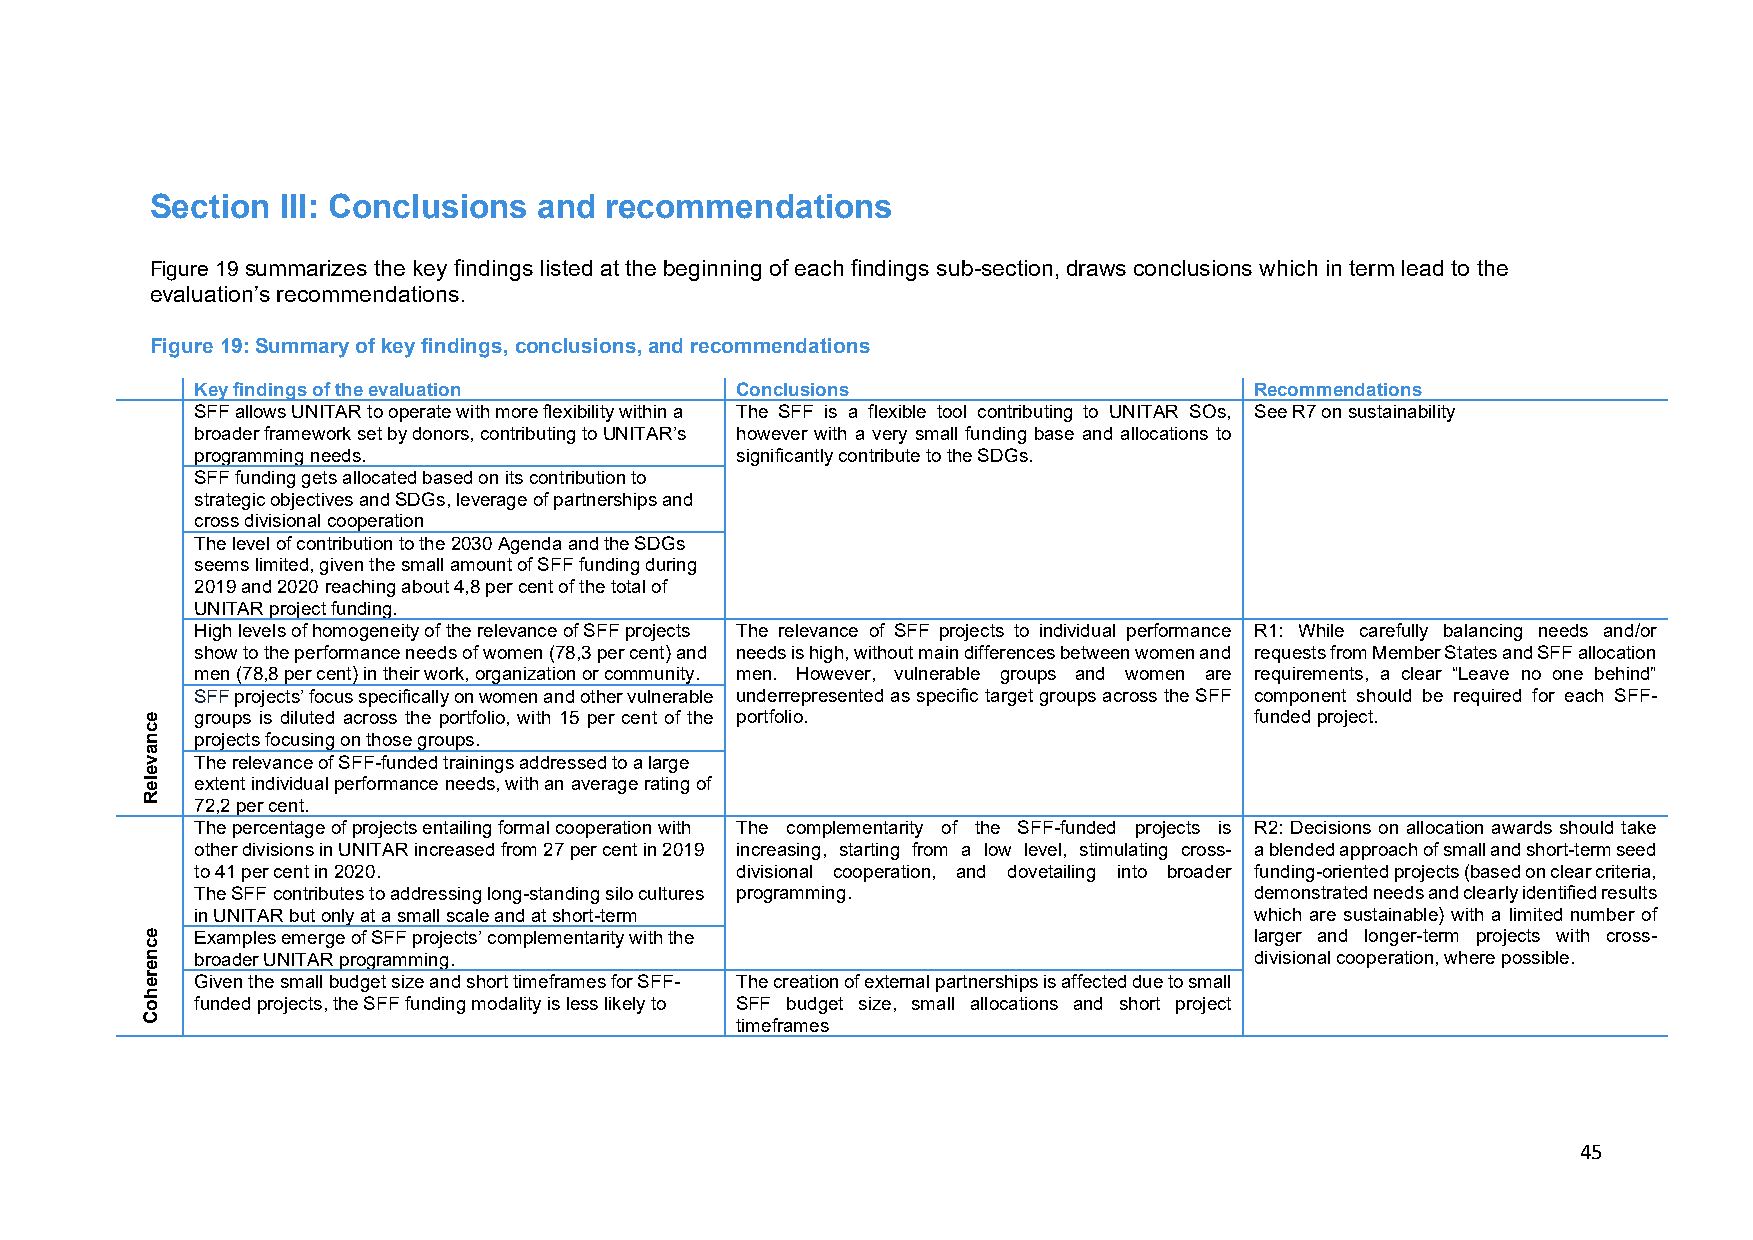
Section  III: Conclusions and recommendations
 Figure 19 summarizes the key findings listed at the beginning of each findings sub-section, draws conclusions which in term lead to the
 evaluation’s recommendations.
 Figure 19: Summary of key findings, conclusions, and recommendations
 Key findings of the evaluation      Conclusions                       Recommendations
 SFF allows UNITAR to operate with more flexibility within a The SFF is a flexible tool contributing to UNITAR SOs, See R7 on sustainability
 broader framework set by donors, contributing to UNITAR’s however with a very small funding base and allocations to
 programming needs.                  significantly contribute to the SDGs.
 SFF funding gets allocated based on its contribution to
 strategic objectives and SDGs, leverage of partnerships and
 cross divisional cooperation
 The level of contribution to the 2030 Agenda and the SDGs
 seems limited, given the small amount of SFF funding during
 2019 and 2020 reaching about 4,8 per cent of the total of
 UNITAR project funding.
 High levels of homogeneity of the relevance of SFF projects The relevance of SFF projects to individual performance R1: While carefully balancing needs and/or
 show to the performance needs of women (78,3 per cent) and needs is high, without main differences between women and requests from Member States and SFF allocation
 men (78,8 per cent) in their work, organization or community. men. However, vulnerable groups and women are requirements, a clear “Leave no one behind”
 SFF projects’ focus specifically on women and other vulnerable underrepresented as specific target groups across the SFF component should be required for each SFF-
 groups is diluted across the portfolio, with 15 per cent of the portfolio. funded project.
 projects focusing on those groups.
 The relevance of SFF-funded trainings addressed to a large
 extent individual performance needs, with an average rating of
 72,2 per cent.
 The percentage of projects entailing formal cooperation with The complementarity of the SFF-funded projects is R2: Decisions on allocation awards should take
 other divisions in UNITAR increased from 27 per cent in 2019 increasing, starting from a low level, stimulating cross- a blended approach of small and short-term seed
 to 41 per cent in 2020.             divisional cooperation, and dovetailing into broader funding-oriented projects (based on clear criteria,
 The SFF contributes to addressing long-standing silo cultures programming. demonstrated needs and clearly identified results
 in UNITAR but only at a small scale and at short-term                 which are sustainable) with a limited number of
 Examples emerge of SFF projects’ complementarity with the             larger and longer-term projects with cross-
 broader UNITAR programming.                                           divisional cooperation, where possible.
 Given the small budget size and short timeframes for SFF- The creation of external partnerships is affected due to small
 funded projects, the SFF funding modality is less likely to SFF budget size, small allocations and short project
 timeframes
 45
 ecnaveleR
 ecnerehoC